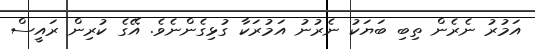
އަމުރު ނެރެން ތިބި ބަޔަކު ނެރުނު އަމުރަކާ ގުޅިގެންނެވެ. އޭގެ ކުރިން ރައީސް